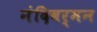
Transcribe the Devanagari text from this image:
नंदिवर्मन